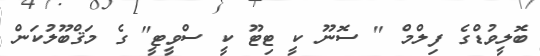
ބޮލީވުޑްގެ ފިލްމް " ސޮނޫ ކީ ޓިޓޫ ކީ ސްވީޓީ" ގެ މަޤްބޫލުކަން